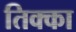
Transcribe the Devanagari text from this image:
तिक्का